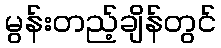
မွန်းတည့်ချိန်တွင်